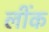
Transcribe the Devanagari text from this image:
लींक